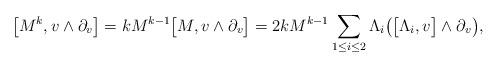
LaTeX: \begin{align*} \big[M^k, v\wedge\partial_v\big]=kM^{k-1} \big[M, v\wedge\partial_v\big]=2kM^{k-1}\sum_{1\leq i\leq 2}\Lambda_i\big(\big[\Lambda_i, v\big]\wedge\partial_v\big),\end{align*}